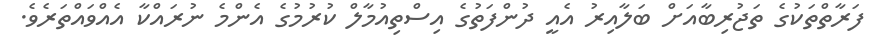
ފަރާތްތަކުގެ ތަޖުރިބާއަށް ބަލާއިރު އެއީ ދުންފަތުގެ އިސްތިއުމާލް ކުރުމުގެ އެންމެ ނުރައްކާ އެއްވައްތަރެވެ.